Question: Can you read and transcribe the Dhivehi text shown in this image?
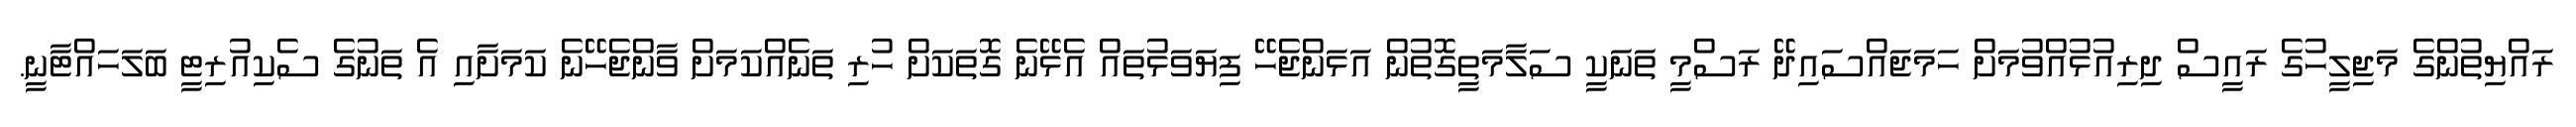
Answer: ރައްޔިތުންގެ މަޖިލީހުގެ ރައީސް ދިރިއުޅުއްވުމަށް ހަމަޖައްސައިދޭ ރަސްމީ ތަނަކީ ސަލާމަތީގޮތުން އަޅަންޖެހޭ ފިޔަވަޅުތައް އެޅޭނެ ގޮތަކަށް ހުރި ތަނެއްކަމަށް ވާންޖެހޭނެ ކަމަށާއި އެ ތަނުގެ ސެކިއުރިޓީ ބަލަހައްޓާނީ.